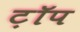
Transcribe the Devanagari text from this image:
ट़ॉप